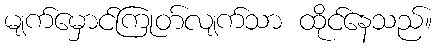
မျက်မှောင်ကြုတ်လျက်သာ ထိုင်နေသည်။